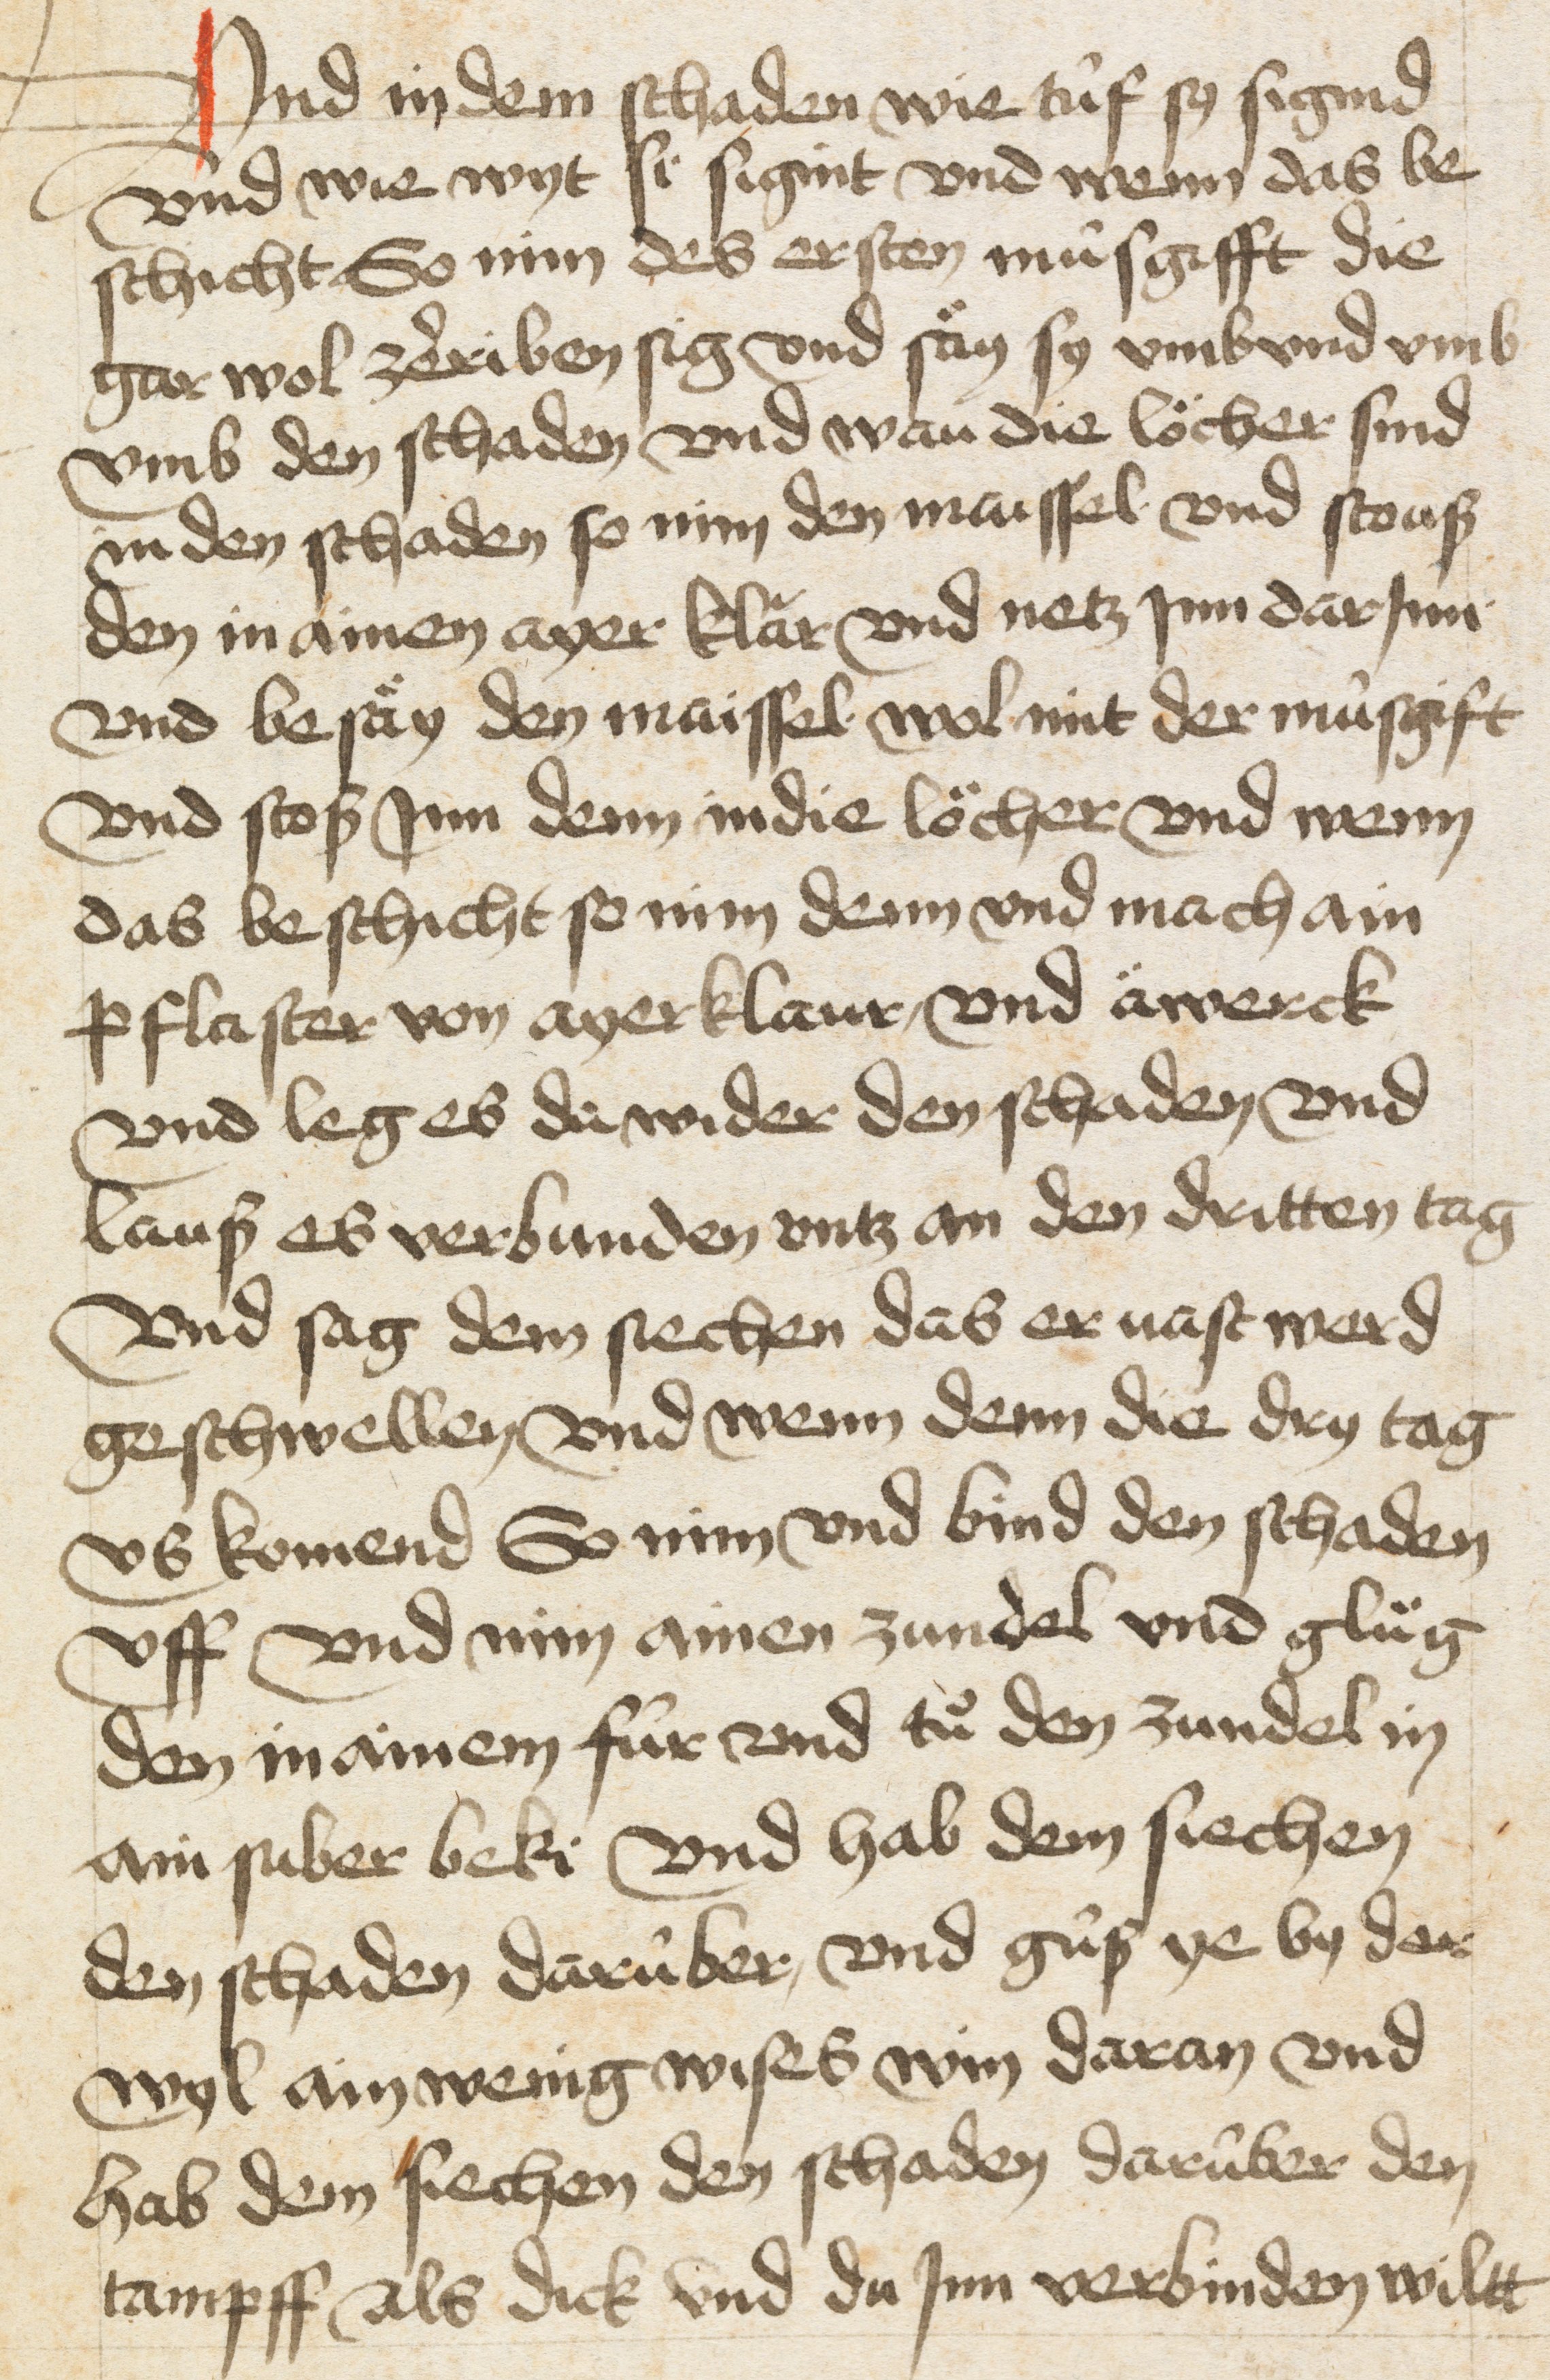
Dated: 1400–1499